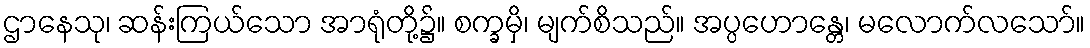
ဌာနေသု၊ ဆန်းကြယ်သော အာရုံတို့၌။ စက္ခမှိ၊ မျက်စိသည်။ အပ္ပဟောန္တေ၊ မလောက်လသော်။